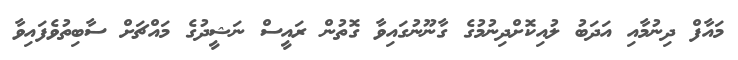
މައާފް ދިނުމާއި އަދަބު ލުއިކޮށްދިނުމުގެ ގާނޫނުގައިވާ ގޮތުން ރައީސް ނަޝީދުގެ މައްޗަށް ސާބިތުވެފައިވާ